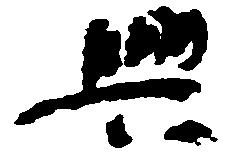
興